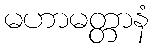
မဟာမတ္တာနံ